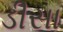
ડીસા